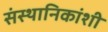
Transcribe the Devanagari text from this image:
संस्थानिकांशी